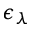
\epsilon _ { \lambda }